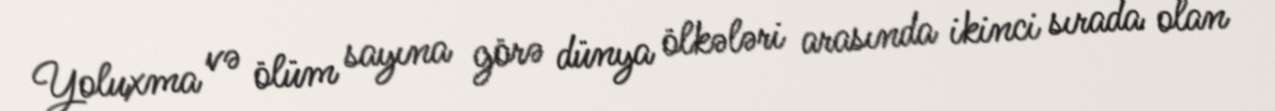
Yoluxma və ölüm sayına görə dünya ölkələri arasında ikinci sırada olan